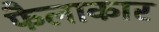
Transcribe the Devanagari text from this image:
फैलाकार